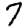
Digit: 7